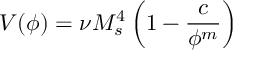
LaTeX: V ( \phi ) = \nu M _ { s } ^ { 4 } \left( 1 - \frac { c } { \phi ^ { m } } \right)